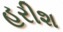
હરીશ